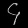
Digit: ၄